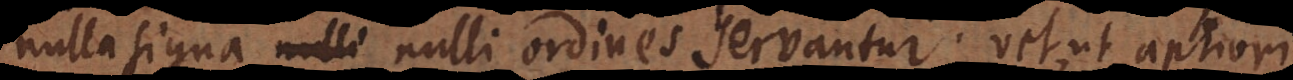
nulla signa nulli ordines servantur; vel, ut aptiori